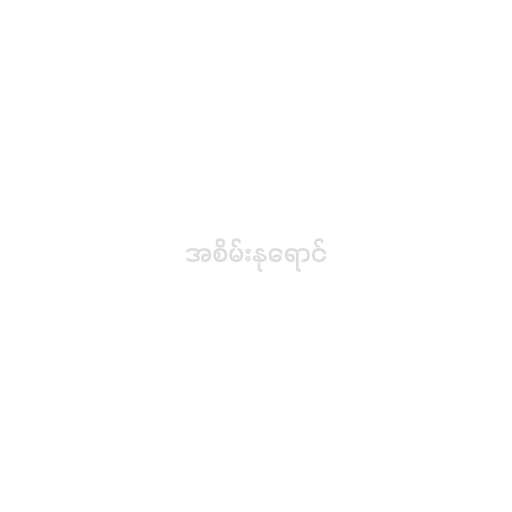
အစိမ်းနုရောင်